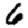
Digit: 6